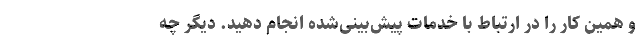
و همین کار را در ارتباط با خدمات پیش‌بینی‌شده انجام دهید. دیگر چه